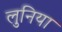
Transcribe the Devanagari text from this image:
लुनिया